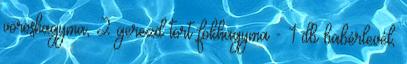
vöröshagyma, 2 gerezd tört fokhagyma - 1 db babérlevél,